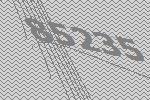
85235